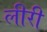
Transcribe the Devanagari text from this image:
लीरी